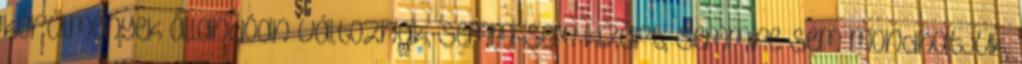
körülmények állandóan változnak, semmi sem kizárt, semmire sem mondhatjuk,